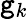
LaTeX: \mathtt{g}_{k}